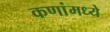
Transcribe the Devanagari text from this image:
कणांमध्ये